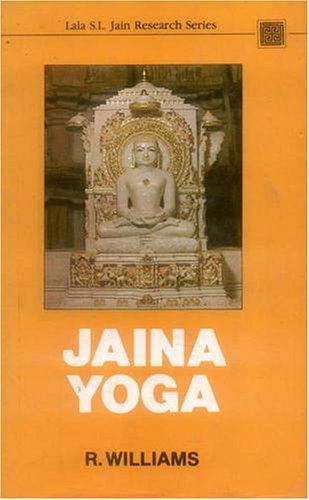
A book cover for Jaina Yoga (Lala Sundar Lal Jain Research Series, Vol 1); R. Williams; Religion & Spirituality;